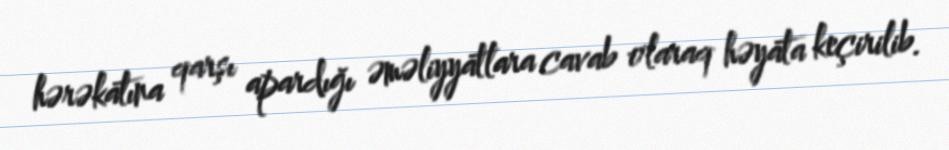
hərəkatına qarşı apardığı əməliyyatlara cavab olaraq həyata keçirilib.